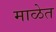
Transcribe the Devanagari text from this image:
माळेत